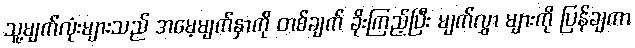
သူ့မျက်လုံးများသည် အမေ့မျက်နှာကို တစ်ချက် ခိုးကြည့်ပြီး မျက်လွှာ များကို ပြန်ချကာ